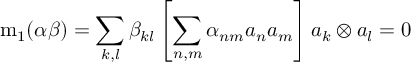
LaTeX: \mathrm { m } _ { 1 } ( \alpha \beta ) = \sum _ { k , l } \beta _ { k l } \left[ \sum _ { n , m } \alpha _ { n m } a _ { n } a _ { m } \right] a _ { k } \otimes a _ { l } = 0